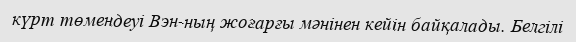
күрт төмендеуі Вэн-ның жоғарғы мәнінен кейін байқалады. Белгілі